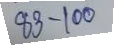
83 - 100